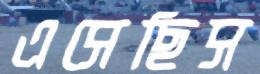
এসেছিস